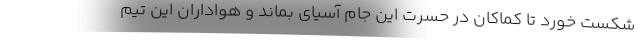
شکست خورد تا کماکان در حسرت این جام آسیای بماند و هواداران این تیم